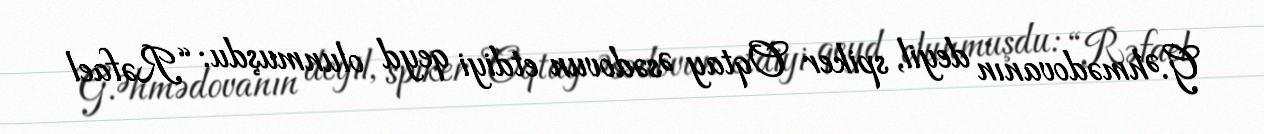
G.Əhmədovanın deyil, spiker Oqtay Əsədovun etdiyi qeyd olunmuşdu: “Rəfael